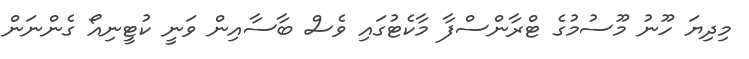
މިދިޔަ ހޫނު މޫސުމުގެ ޓްރާންސްފާ މާކެޓުގައި ވެސް ބާސާއިން ވަނީ ކުޓީނިއޯ ގެންނަން